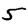
Digit: 5